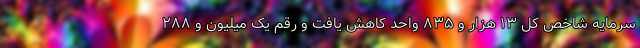
سرمایه شاخص کل ۱۳ هزار و ۸۳۵ واحد کاهش یافت و رقم یک میلیون و ۲۸۸